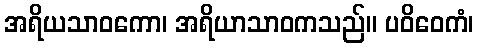
အရိယသာဝကော၊ အရိယာသာဝကသည်။ ပဝိဝေကံ၊